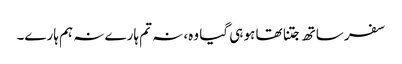
سفر ساتھ جتنا تھا ہو ہی گیا وہ، نہ تم ہارے نہ ہم ہارے۔